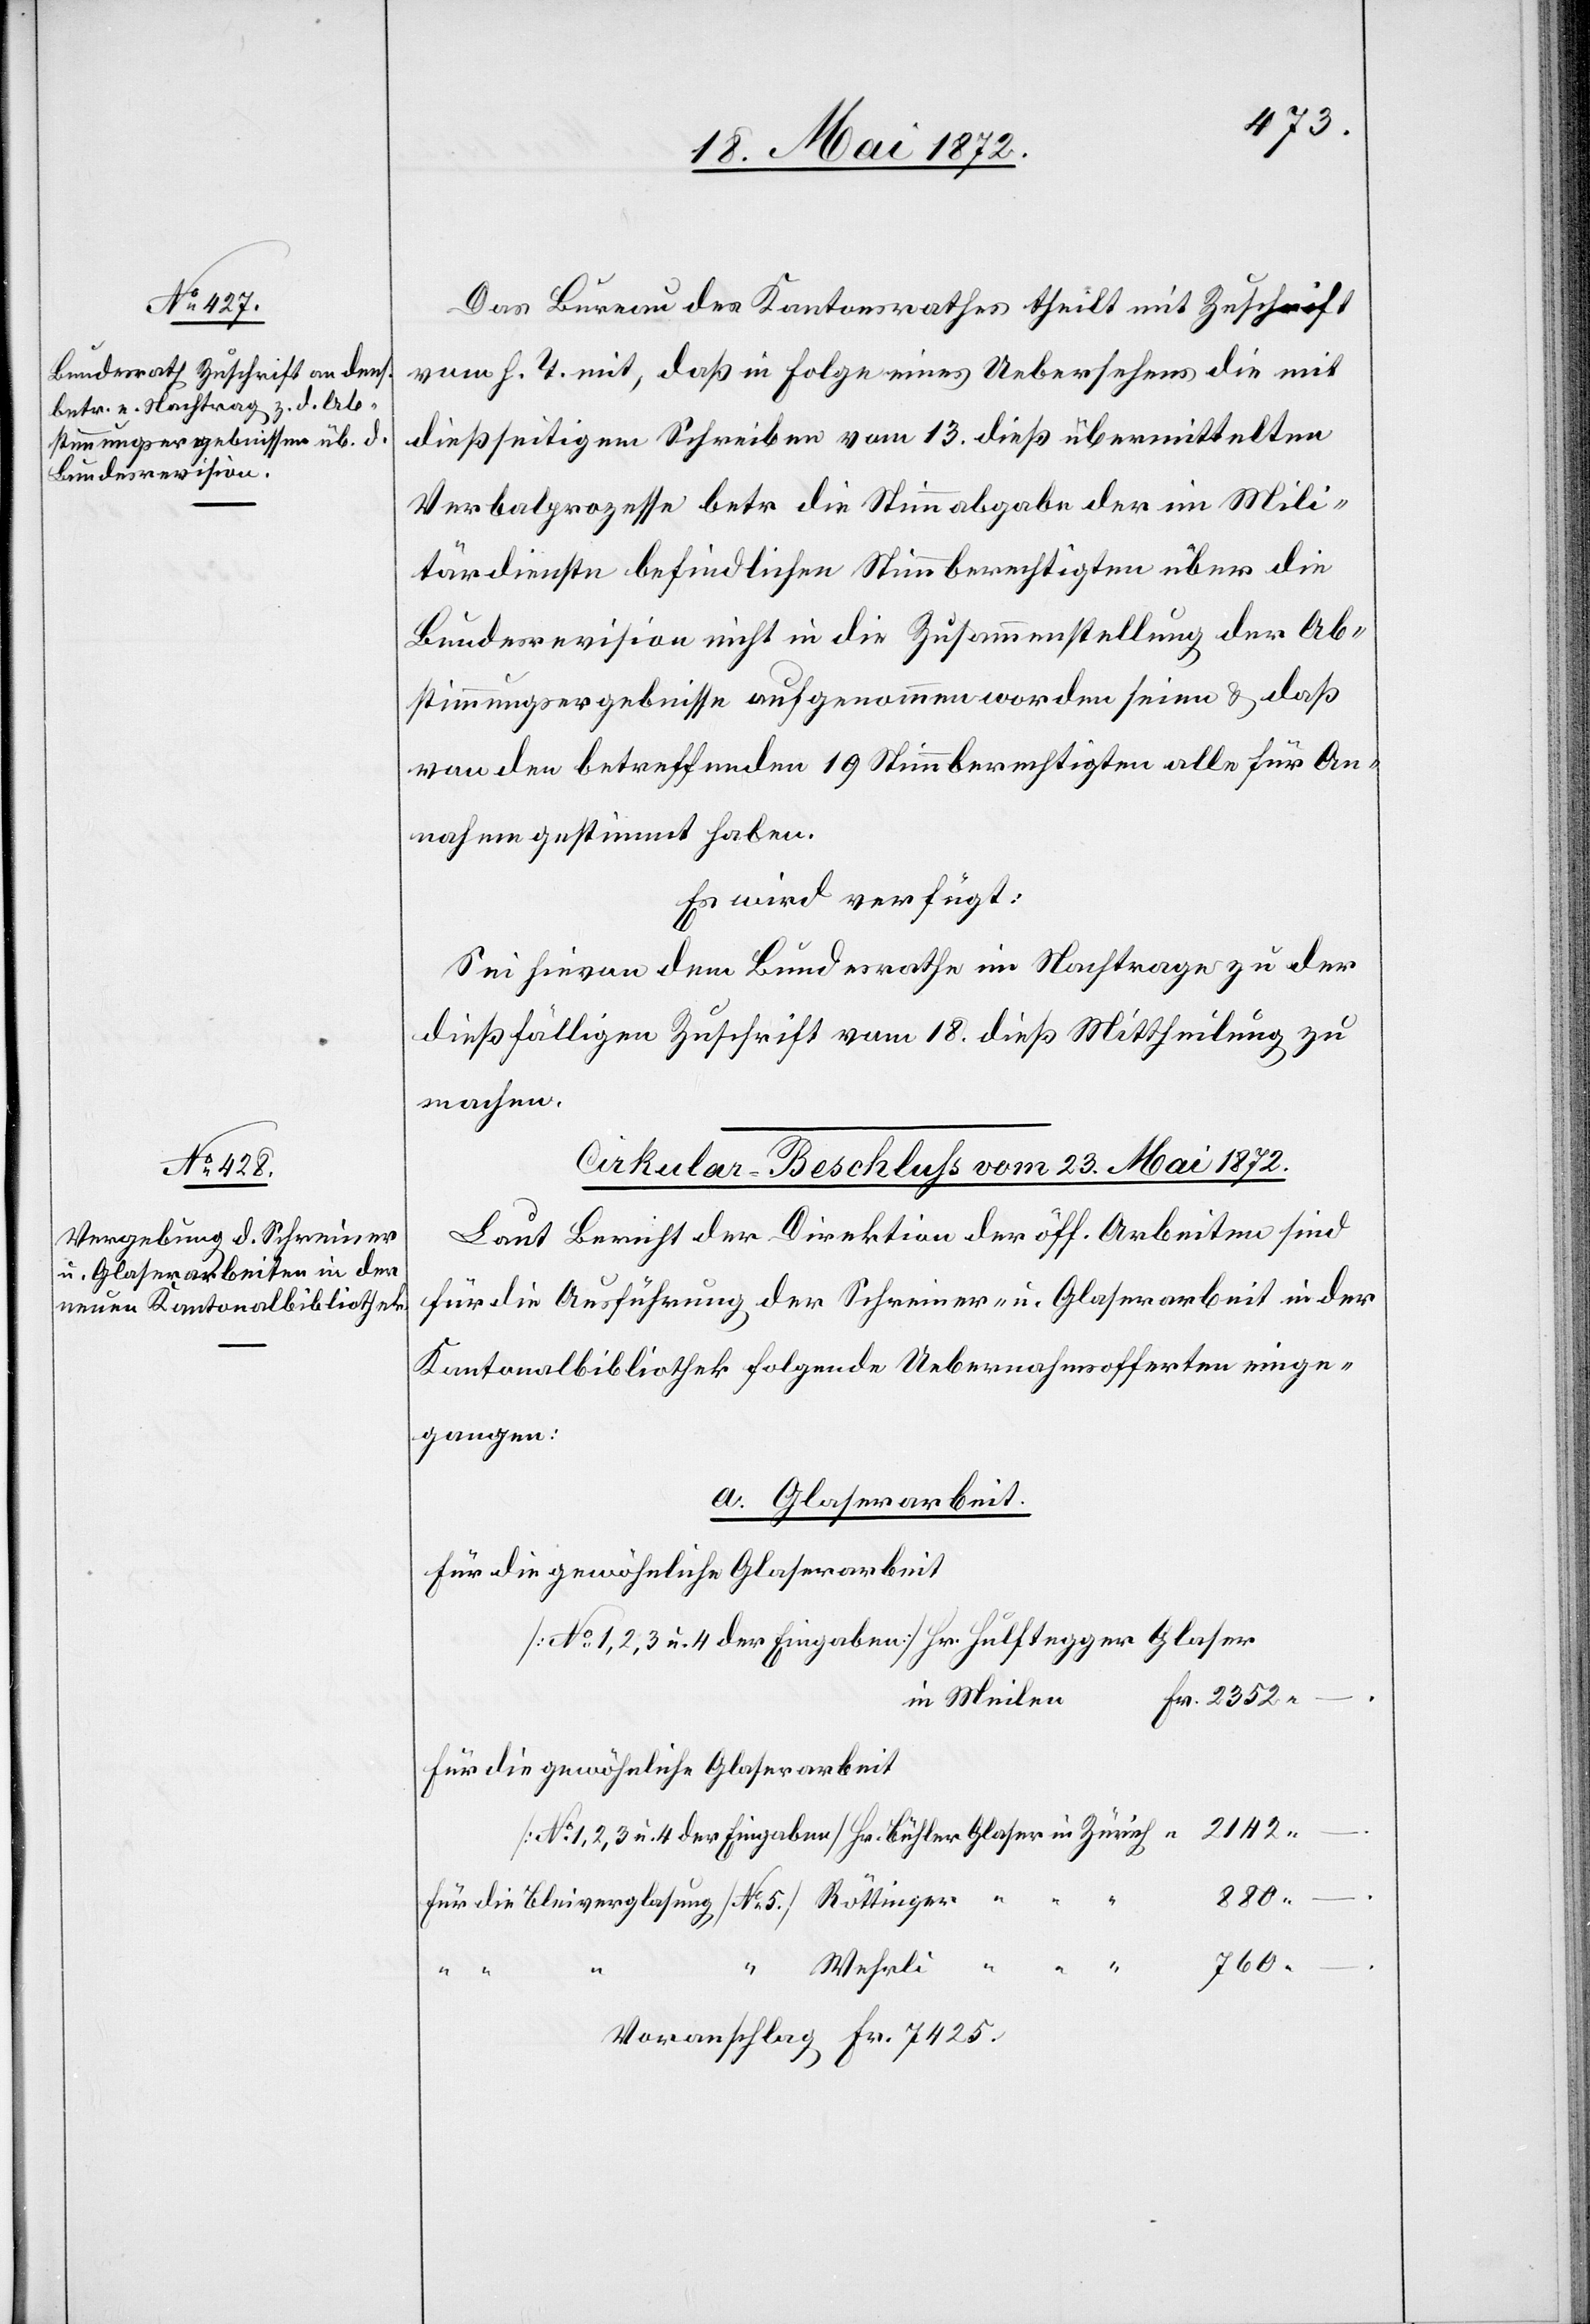
22. Mai 1872.]
Das Bureau des Kantonsrathes theilt mit Zuschrift
vom h. T. mit, daß in Folge eines Uebersehens die mit
dießseitigem Schreiben vom 13. dieß übermittelten
Verbalprozesse betr. die Stimmabgabe der im Mili¬
tärdienste befindlichen Stimmberechtigten über die
Bundesrevision nicht in die Zusammenstellung der Ab¬
stimmungsergebnisse aufgenommen worden seien u. daß
von den betreffenden 19 Stimmberechtigten alle für An¬
nahme gestimmt haben.
Es wird verfügt:
Sei hievon dem Bundesrathe im Nachtrage zu der
dießfälligen Zuschrift vom 18. dieß Mittheilung zu
machen.
Cirkular-Beschluss vom 23. Mai 1872.
Laut Bericht der Direktion der öff. Arbeiten sind
für die Ausführung der Schreiner- u. Glaserarbeit in der
Kantonalbibliothek folgende Uebernahmsofferten einge¬
gangen:
a. Glaserarbeit.
für die gewöhnliche Glaserarbeit
[No 1, 2, 3, u. 4 der Eingaben] Hr. Hulftegger[,] Glaser
für die gewöhnliche Glaserarbeit
[No 1, 2, 3, u. 4 der Eingaben] Hr. Bühler[,] Glaser in Zürich
für die Bleiverglasung [No 5] Röttinger
“ Wehrli
Voranschlag Fr. 7425.